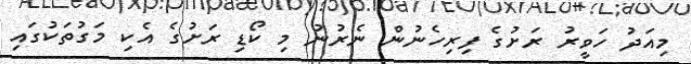
މިއަދު ހަވީރު ރަށުގެ ފިރިހެނުން ނެރުނު މި ކޯޑި ރަށުގެ އެކި މަގުތަކުގައި